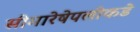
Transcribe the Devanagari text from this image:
सीमारेषेपलीकडे